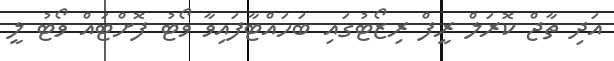
އަދި ތާޖް ކޮރަލް ރީފް ރިޒޯޓުގައި ބަހައްޓާފައިވާ ވޯޓު ފޮށްޓައް ވޯޓު ލީ